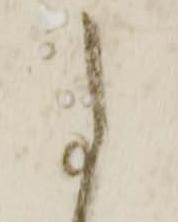
尚